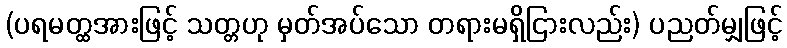
(ပရမတ္ထအားဖြင့် သတ္တဟု မှတ်အပ်သော တရားမရှိငြားလည်း) ပညတ်မျှဖြင့်